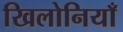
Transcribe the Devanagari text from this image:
खिलोनियाँ